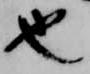
也